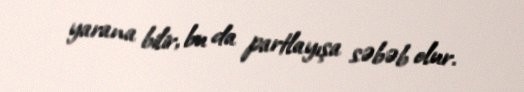
yarana bilir, bu da partlayışa səbəb olur.